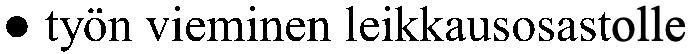
● työn vieminen leikkausosastolle